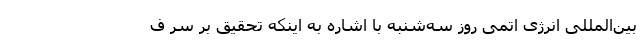
بین‌المللی انرژی اتمی روز سه‌شنبه با اشاره به اینکه تحقیق بر سر ف